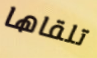
تلقاها